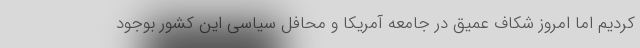
کردیم اما امروز شکاف عمیق در جامعه آمریکا و محافل سیاسی این کشور بوجود